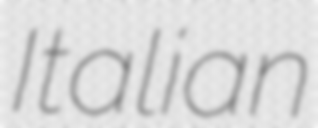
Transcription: Italian